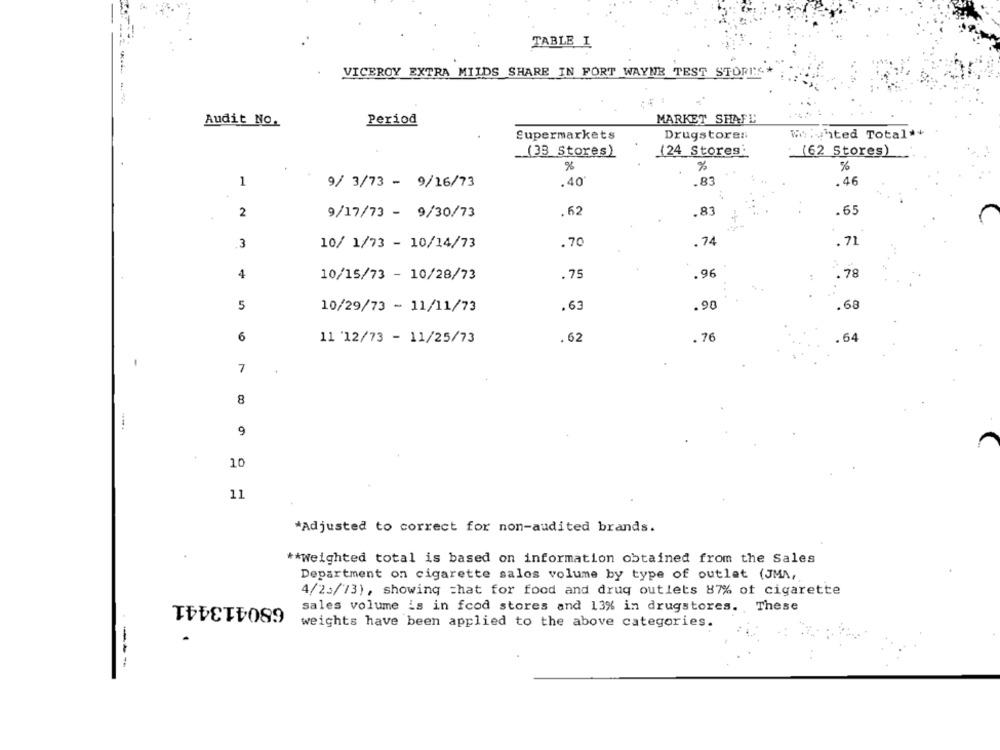
TABLE I
VICEROY EXTRA MILDS SHARE IN FORT WAYNE TEST STORES
Period
MARKET SHAFD
Audit No.
Supermarkets
Drugstores
Welshted Total++
(24 Stores
(33 Stores)
: (62 Stores)
%
%
%
.83
1
9/ 3/73 - 9/16/73
.40
. 46
.83
.65
2
9/17/73 - 9/30/73
.62
. 74
.3
10/ 1/73 - 10/14/73
.70
. 71
4
10/15/73 - 10/28/73
.75
.96
. 78
5
10/29/73 - 11/11/73
.63
.90
.68
6
.62
. 76
64
11 '12/73 - 11/25/73
1
7
8
9
10
11
*Adjusted to correct for non-audited brands.
** Weighted total is based on information obtained from the Sales
Department on cigarette sales volume by type of outlet (JMA,
4/23/13), showing =hat for food and drug outlets 87% of cigarette
680413441
sales volume is in food stores and 13% in drugstores. These
weights have been applied to the above categories.
--